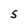
Character: S